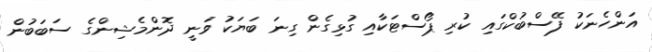
އަންހެނަކު ފޭސްބުކްގައި ކުރި ޕޯސްޓަކާއި ގުޅިގެން ގިނަ ބަޔަކު ވަނީ ދޮންމެޝިންގެ ސަބަބުން